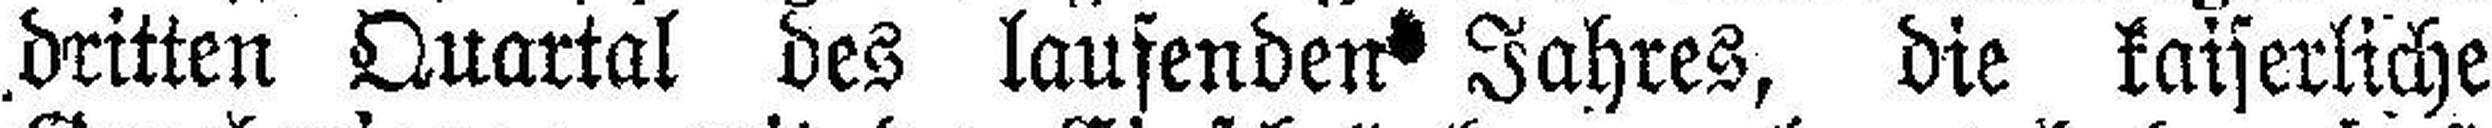
dritten Quartal des laufenden Jahres, die kaiserliche